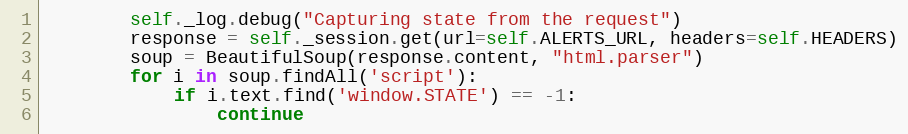
Language: Python
        self._log.debug("Capturing state from the request")
        response = self._session.get(url=self.ALERTS_URL, headers=self.HEADERS)
        soup = BeautifulSoup(response.content, "html.parser")
        for i in soup.findAll('script'):
            if i.text.find('window.STATE') == -1:
                continue